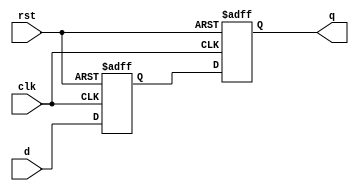
module d_ff_delay 
(
    input wire clk,   // Clock input
    input wire rst,   // Reset input
    input wire d,     // Data input
    output reg q      // Output
);

reg d_delayed;  // Delayed input signal

always @ (posedge clk or posedge rst)
begin
    if (rst) begin
        d_delayed <= 1'b0;  // Reset to 0
    end
    else begin
        d_delayed <= d;  // Delay input signal
    end
end

always @ (posedge clk or posedge rst)
begin
    if (rst) begin
        q <= 1'b0;  // Reset to 0
    end
    else begin
        q <= d_delayed;  // Feed delayed input signal into D flip-flop
    end
end

endmodule